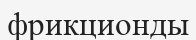
фрикционды